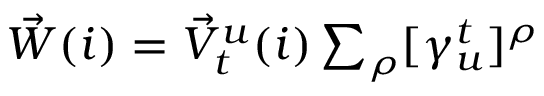
\begin{array} { r } { \vec { W } ( i ) = \vec { V } _ { t } ^ { u } ( i ) \sum _ { \rho } [ \gamma _ { u } ^ { t } ] ^ { \rho } } \end{array}